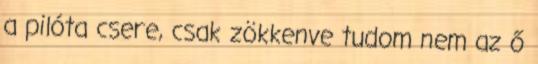
a pilóta csere, csak zökkenve tudom nem az ő